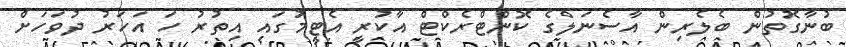
ބުނާގޮތުން ބެލެރިން އާސެނަލްގެ ކޮންޓްރެކްޓް އާކުރީ އެޓީމުގައި އިތުރު ހަ އަހަރު ދުވަހަށް